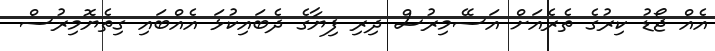
އެއް ޖޯޑު ކިރުގެ ތެރެއަށް އަސޭމިރުސް ދިރި ފިޔާގެ ދެބައިކުޅަ އެއްބައި ގިތެޔޮމިރުސް